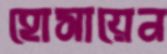
হোসায়েন